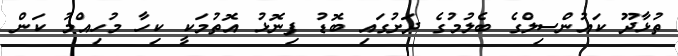
ތުޅާދޫ ކައުންސިލްގެ ބެލުމުގެ ދަށުގައި ބޮޑު ފިނޮޅު އޮތުމަކީ ކިހާ މުހިއްމު ކަން